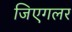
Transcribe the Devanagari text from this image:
जिएगलर